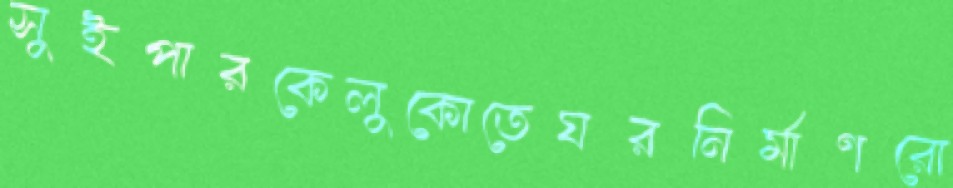
সুইপারকেলুকোতেঘরনির্মাণরো